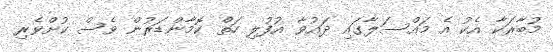
މުބާރަކާ އެކު އެ މައްސަލާގައި ދައުވާ އުފުލި ހަތް ކޮމާންޑަރުން ވެސް ކުށްވެރި